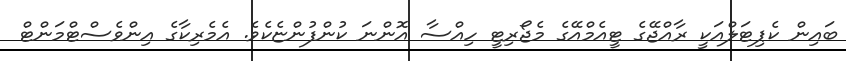
ބައިން ކެޕިޓަލްއަކީ ރާއްޖޭގެ ޓީއެމްއޭގެ މެޖޯރިޓީ ހިއްސާ އޮންނަ ކުންފުންޏެކެވެ. އެމެރިކާގެ އިންވެސްޓްމަންޓް